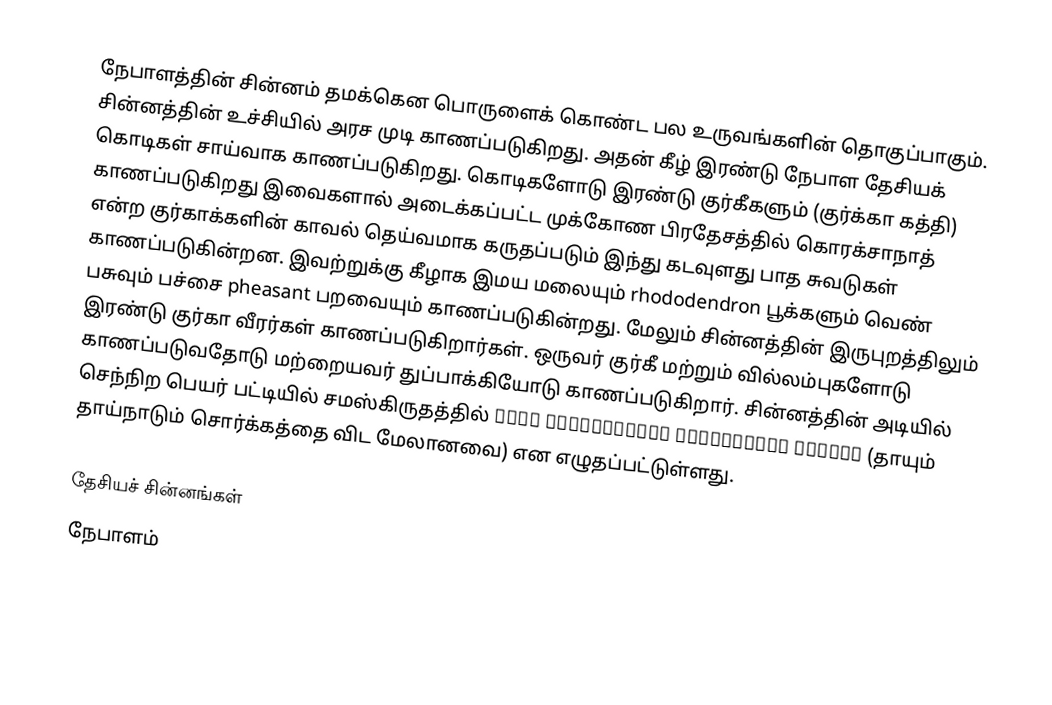
நேபாளத்தின் சின்னம் தமக்கென பொருளைக் கொண்ட பல உருவங்களின் தொகுப்பாகும். சின்னத்தின் உச்சியில் அரச முடி காணப்படுகிறது. அதன் கீழ் இரண்டு நேபாள தேசியக் கொடிகள் சாய்வாக காணப்படுகிறது. கொடிகளோடு இரண்டு குர்கீகளும் (குர்க்கா கத்தி) காணப்படுகிறது இவைகளால் அடைக்கப்பட்ட முக்கோண பிரதேசத்தில் கொரக்சாநாத் என்ற குர்காக்களின் காவல் தெய்வமாக கருதப்படும் இந்து கடவுளது பாத சுவடுகள் காணப்படுகின்றன. இவற்றுக்கு கீழாக இமய மலையும் rhododendron பூக்களும் வெண் பசுவும் பச்சை pheasant பறவையும் காணப்படுகின்றது. மேலும் சின்னத்தின் இருபுறத்திலும் இரண்டு குர்கா வீரர்கள் காணப்படுகிறார்கள். ஒருவர் குர்கீ மற்றும் வில்லம்புகளோடு காணப்படுவதோடு மற்றையவர் துப்பாக்கியோடு காணப்படுகிறார். சின்னத்தின் அடியில் செந்நிற பெயர் பட்டியில் சமஸ்கிருதத்தில் जननी जन्मभूिमश्च स्वर्गादिप गरीयसी (தாயும் தாய்நாடும் சொர்க்கத்தை விட மேலானவை) என எழுதப்பட்டுள்ளது.

தேசியச் சின்னங்கள்
நேபாளம்